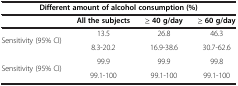
| <COLSPAN=4> Different amount of alcohol consumption (%) |
 |  | All the subjects | ≥ 40 g/day | ≥ 60 g/day |
 | --- | --- | --- | --- |
 | <ROWSPAN=2> Sensitivity (95% CI) | 13.5 | 26.8 | 46.3 |
 | 8.3-20.2 | 16.9-38.6 | 30.7-62.6 |
 | Sensitivity (95% CI) | 99.9 | 99.9 | 99.8 |
 |  | 99.1-100 | 99.1-100 | 99.1-100 |